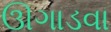
ઊગાડવા